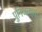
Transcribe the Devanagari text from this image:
पुनिअलावा